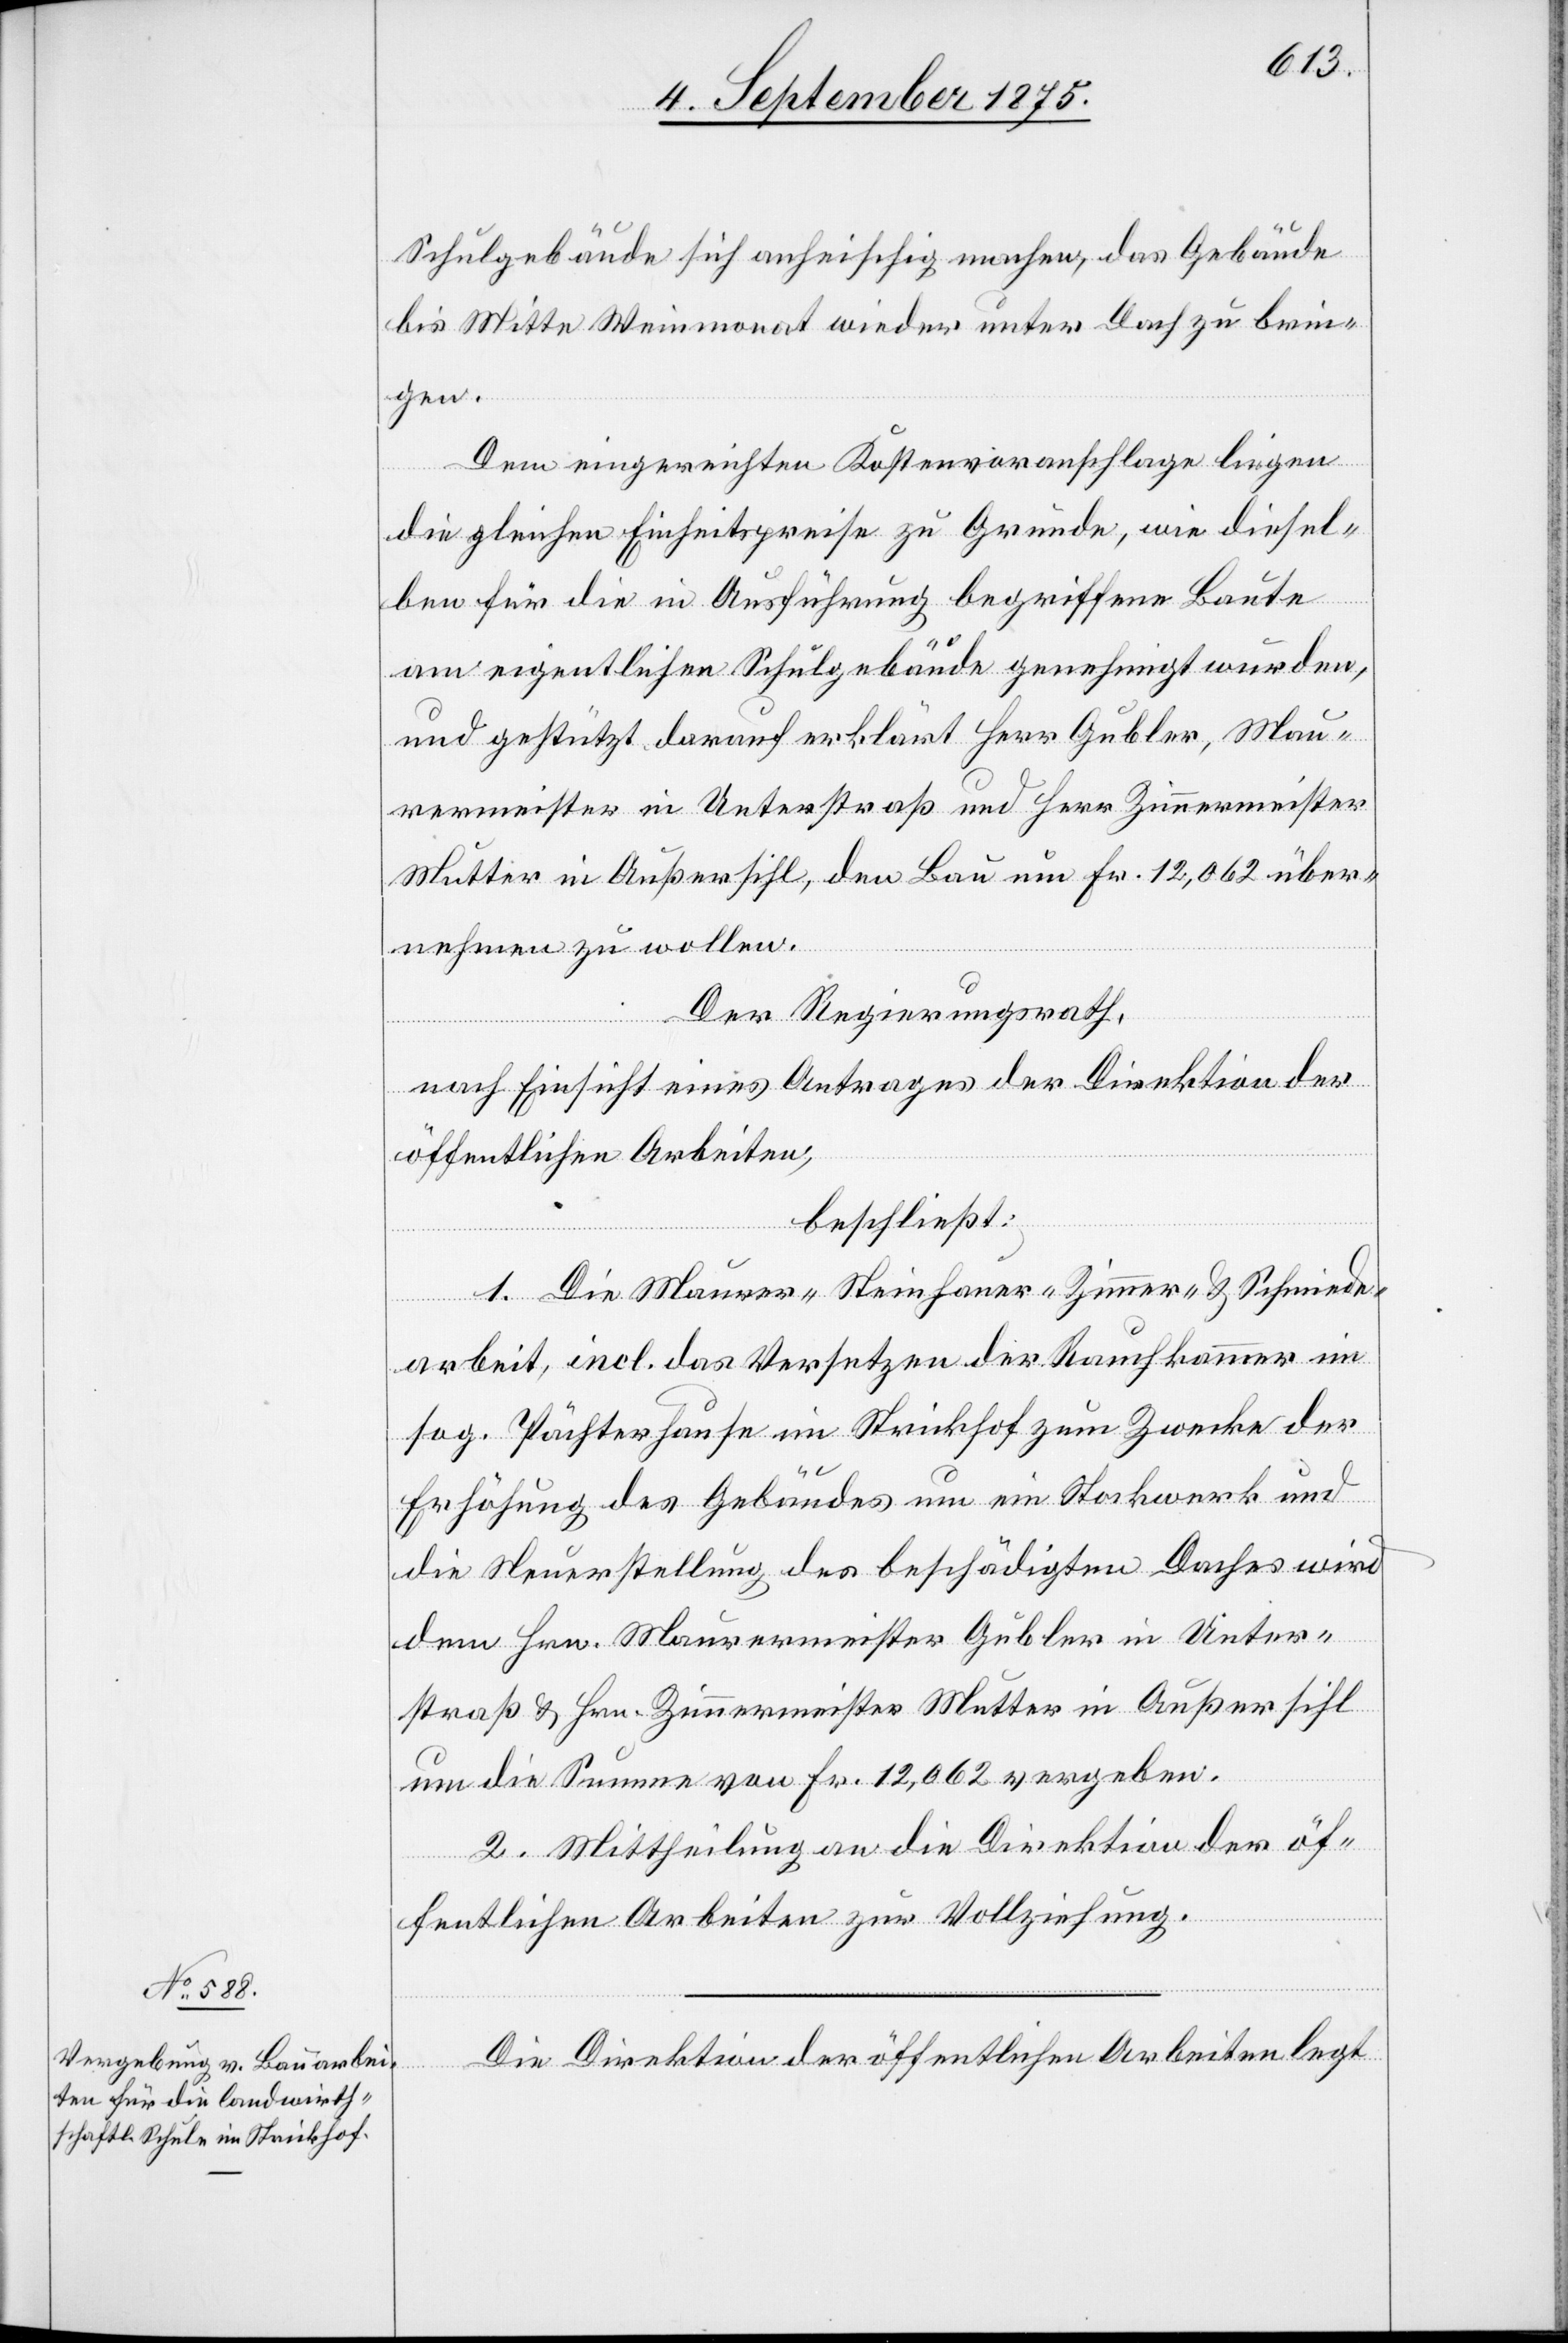
Schulgebäude sich anheischig machen, das Gebäude
bis Mitte Weinmonat wieder unter Dach zu brin¬
gen.
Dem eingereichten Kostenvoranschlage liegen
die gleichen Einheitspreise zu Grunde, wie diesel¬
ben für die in Ausführung begriffene Baute
am eigentlichen Schulgebäude genehmigt wurden,
und gestützt darauf erklärt Herr Gubler, Mau¬
rermeister in Unterstraß und Herr Zimmermeister
Mutter in Außersihl, den Bau um Fr. 12,062 über¬
nehmen zu wollen.
Der Regierungsrath,
nach Einsicht eines Antrages der Direktion der
öffentlichen Arbeiten,
beschließt:
1. Die Maurer- Steinhauer- Zimmer- & Schmiede¬
arbeit, incl. das Versetzen der Rauchkammer im
sog. Pächterhause im Strickhof zum Zwecke der
Erhöhung des Gebäudes um ein Stockwerk und
die Neuerstellung des beschädigten Daches wird
dem Hrn. Maurermeister Gubler in Unter¬
straß & Hrn. Zimmermeister Mutter in Außersihl
um die Summe von Fr. 12,062 vergeben.
2. Mittheilung an die Direktion der öf¬
fentlichen Arbeiten zur Vollziehung.
Die Direktion der öffentlichen Arbeiten legt